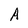
Character: A